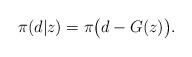
LaTeX: \begin{align*} \pi(d|z)= \pi \big(d-G(z)\big). \end{align*}